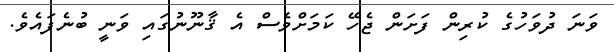
ވަނަ ދުވަހުގެ ކުރިން ފަށަން ޖެހޭ ކަމަށްވެސް އެ ޤާނޫނުގައި ވަނީ ބުނެފައެވެ.